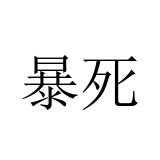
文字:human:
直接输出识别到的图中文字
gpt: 暴死